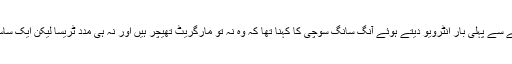
اس حوالے سے پہلی بار انٹرویو دیتے ہوئے آنگ سانگ سوچی کا کہنا تھا کہ وہ نہ تو مارگریٹ تھیچر ہیں اور نہ ہی مدد ٹریسا لیکن ایک ساستدان ہیں۔